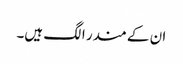
ان کے مندر الگ ہیں۔